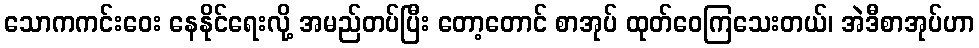
သောကကင်းဝေး နေနိုင်ရေးလို့ အမည်တပ်ပြီး တော့တောင် စာအုပ် ထုတ်ဝေကြသေးတယ်၊ အဲဒီစာအုပ်ဟာ